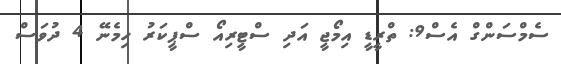
ސެމްސަންގް އެސް9: ތްރީޑީ އިމޯޖީ އަދި ސްޓީރިއޯ ސްޕީކަރު ހިމެނޭ 4 ދުވަސް